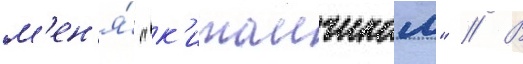
м'ен'я́ "к'итаичиком" // В